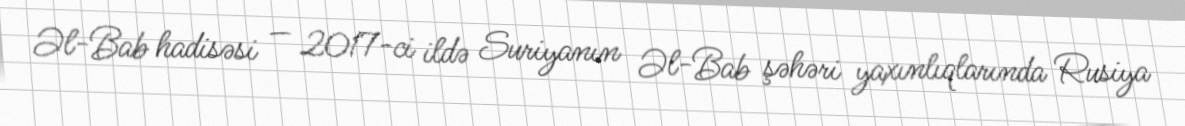
Əl-Bab hadisəsi — 2017-ci ildə Suriyanın Əl-Bab şəhəri yaxınlıqlarında Rusiya